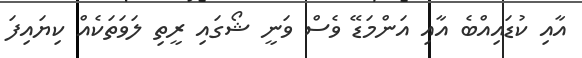
އާއި ކުޑައިއްބެ އާއި އަންމަޑޭ ވެސް ވަނީ ޝޯގައި ރީތި ލަވަތަކެއް ކިޔައިފަ